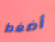
أضغط